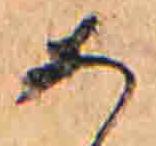
あ